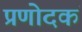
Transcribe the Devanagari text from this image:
प्रणोदकं